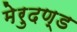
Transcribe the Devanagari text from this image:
मेरुदण्‍ड